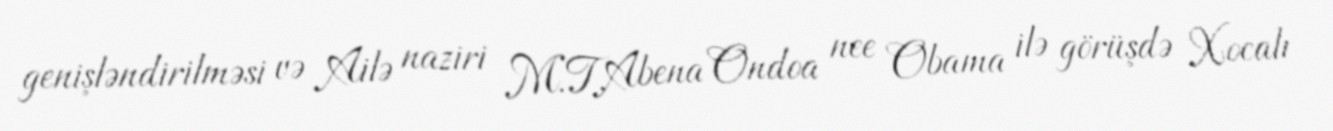
genişləndirilməsi və Ailə naziri M.T.Abena Ondoa nee Obama ilə görüşdə Xocalı